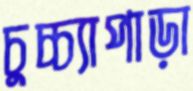
চুচ্চ্যাপাড়া